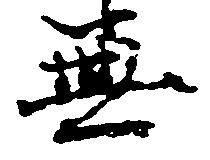
無